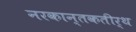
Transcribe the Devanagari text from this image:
नरकान्तकतीर्थ